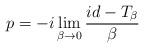
LaTeX: \begin{align*}p = -i \lim_{\beta \rightarrow 0} \frac{id-T_\beta}{\beta} \end{align*}